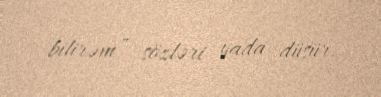
bilirəm” sözləri yada düşür.